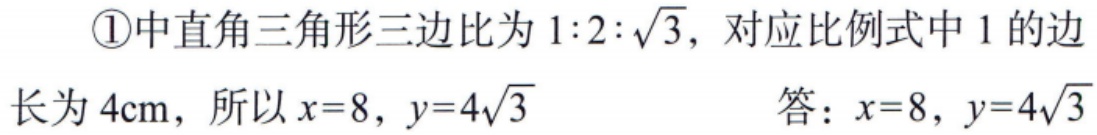
\textcircled{1}中直角三角形三边比为\(1:2:\sqrt{3}\)，对应比例式中\(1\)的边长为\(4\text{cm}\)，所以\(x = 8\)，\(y = 4\sqrt{3}\)
答：\(x = 8\)，\(y = 4\sqrt{3}\)